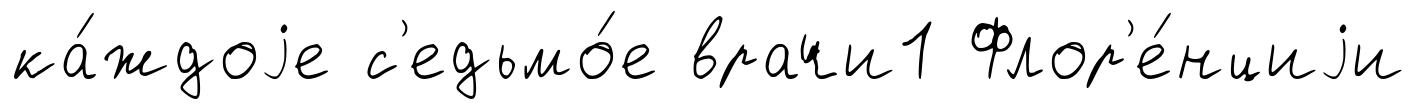
ка́ждоjе с'едьмо́е врачи1 Флор'е́нциjи